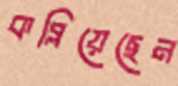
কব্‌লিয়েছেন